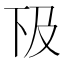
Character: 𠀨